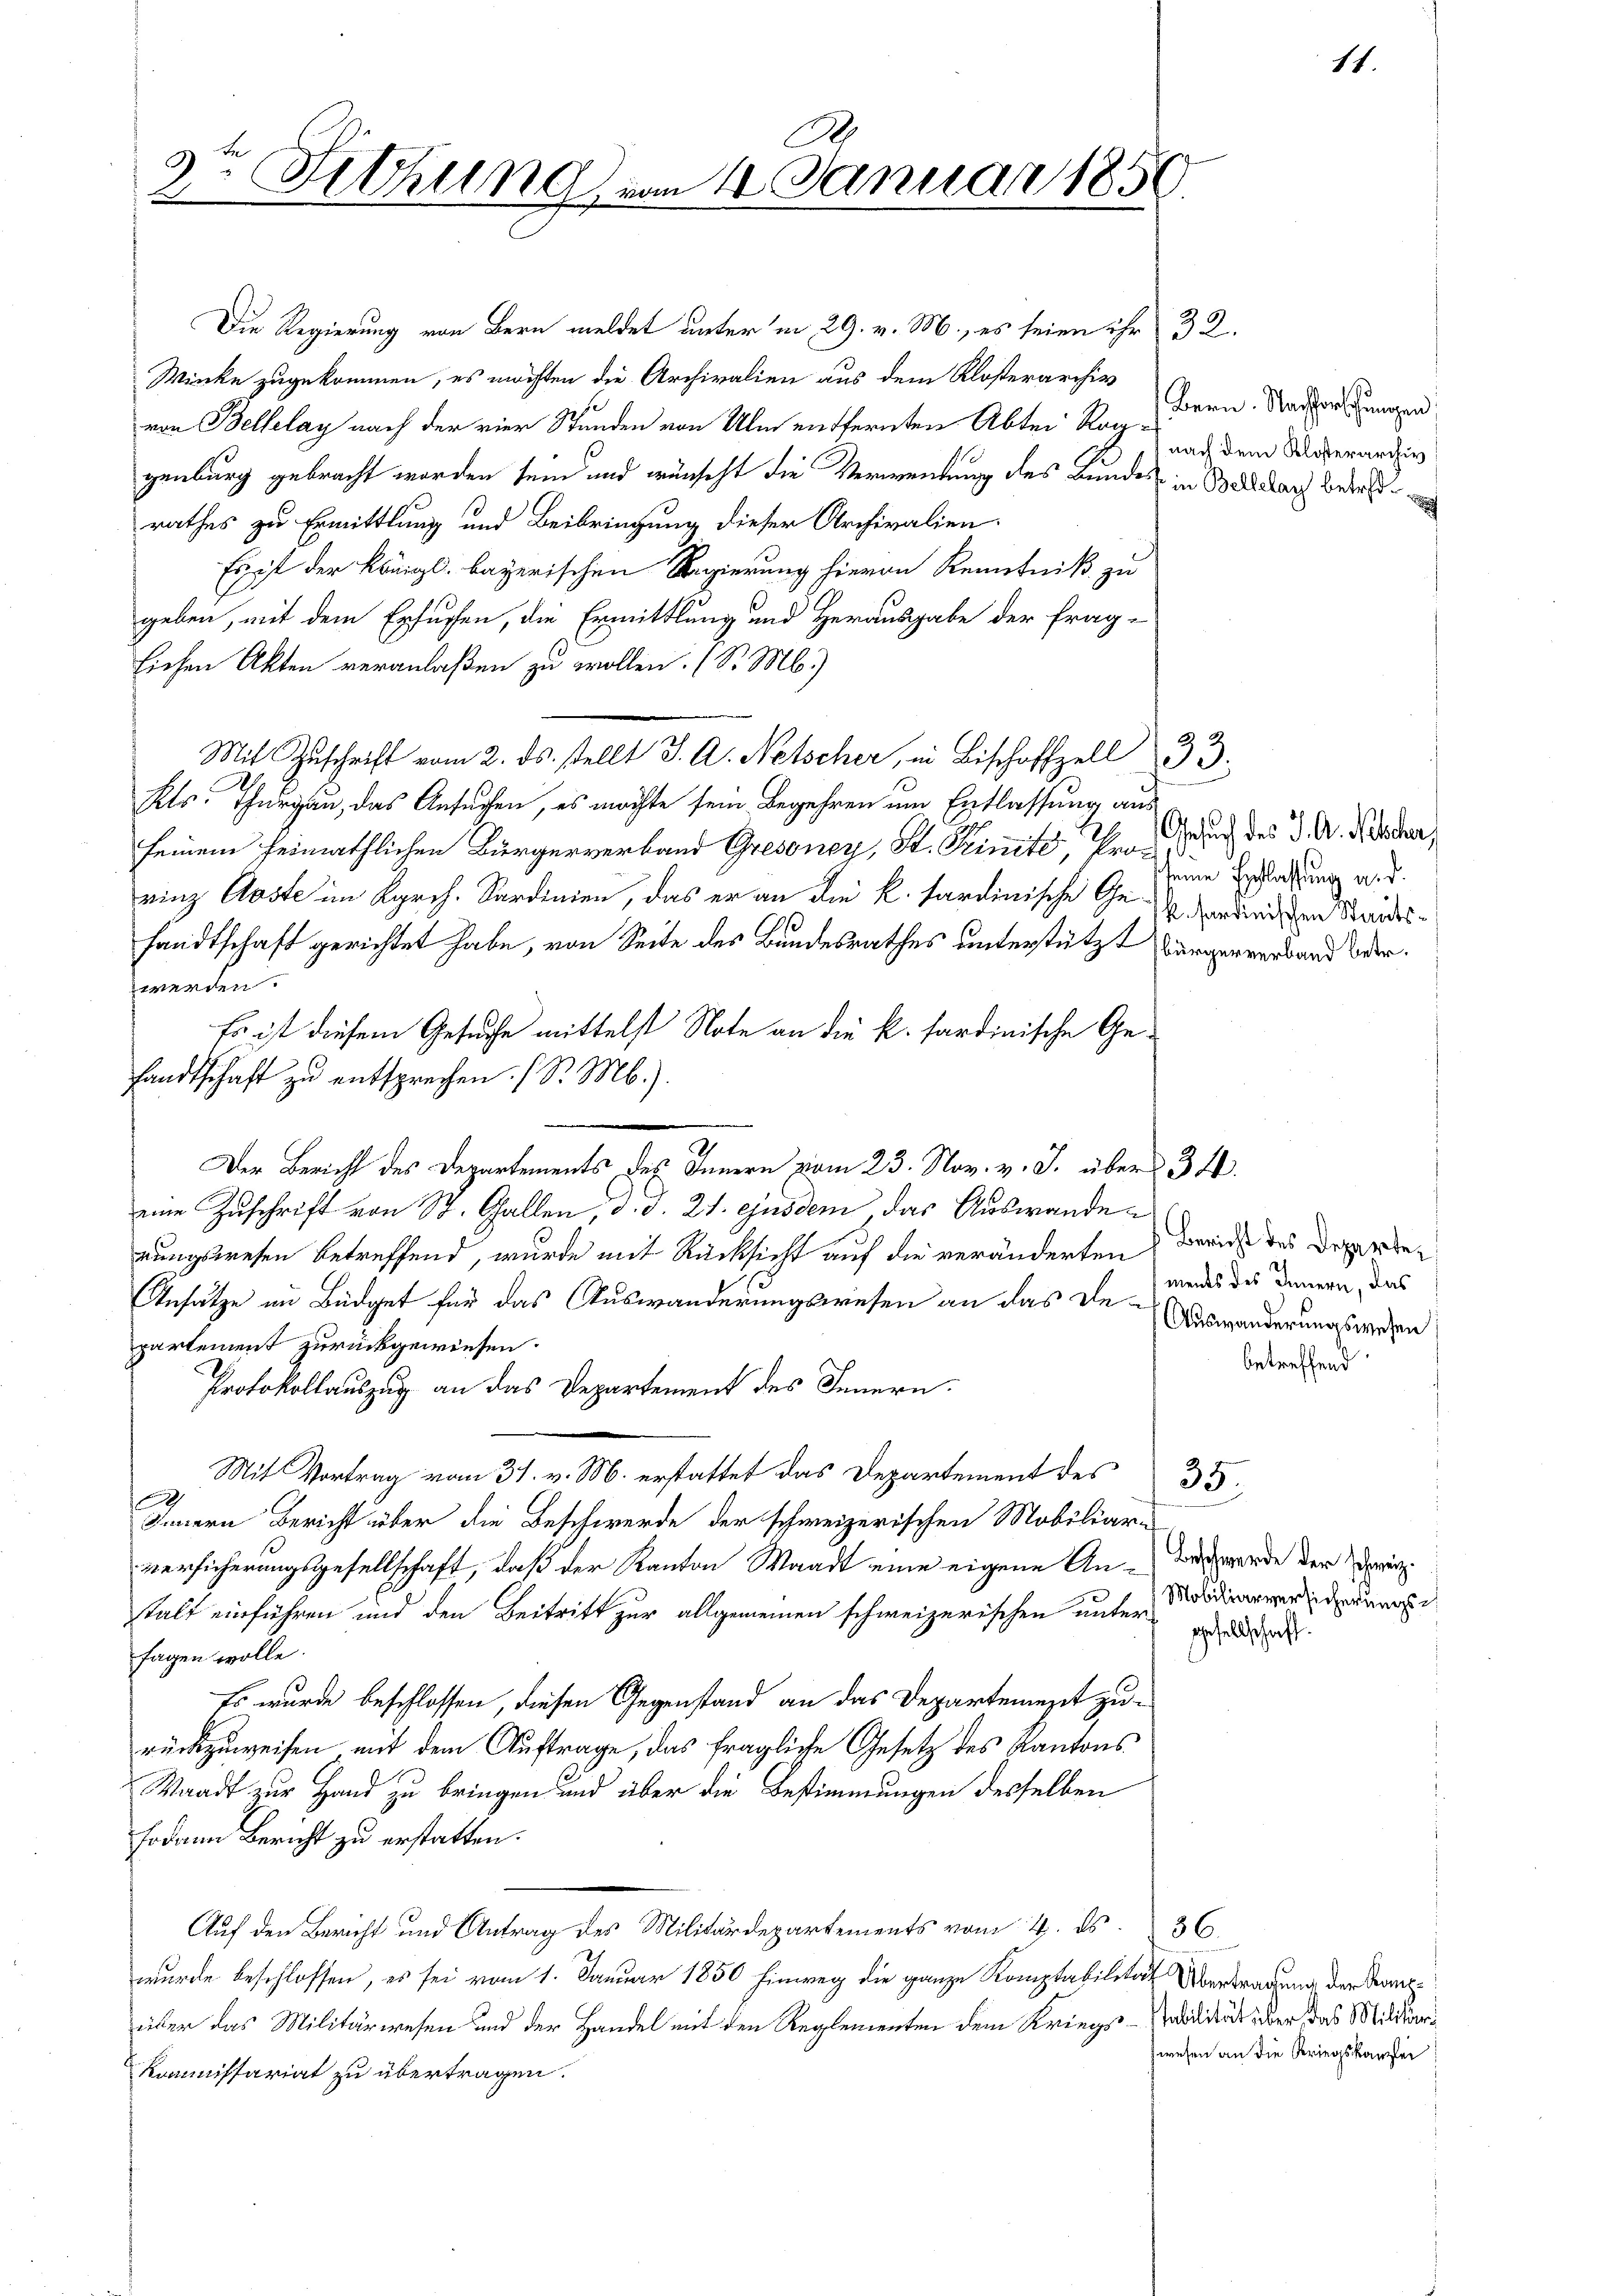
.
3. Sitzung vom 10. Januar 1850.
d

Die Regierung von Bern meldet unter in 29. v. M., es seien ihr 32.
Winke zugekommen, es möchten die Archivalien aus dem Klosterarchiv
von Bellelay nach der vier Stunden von Ulm entfernten Abtei Roagenburg gebracht worden sein und wünscht die Vermenkung des Bundes in Bellanz betret
rathes zu Ermittlung und Beibringung dieser Archivalien.
Es ist der Königl. bayerischen Regierung hievon Kenntniß zu
geben, mit dem Ersuchen, die Ermittlung und Herausgabe der frag-
lichen Akten veranlaßen zu wollen. (S. M.)
Mit Zŭschrift vom 2. ds. stellt J. A. Netscher, in Bischoffzell 33.
Kls. Thurgau, das Ansuchen, es möchte sein Begehren um Entlassung au
seinem heimathlichen Bürgerverband Gresoney, St. Primité, Prorinz Abste im Kgrch. Sardinien, das er an die k. sardinische Gehandtschaft gerichtet habe, von Seite des Bundesrathes unterstützt (Bürgerverband oder
werden.
Es ist diesem Gesuche mittelst Note an die k. sardinische Gelandtschaft zu entsprechen. (S. M.).
eine Zuschrift von St. Gallen, d. d. 21. ejusdem das Auswandenungswesen betreffend, wurde mit Rücksicht auf die veränderten Zürich des Dopperbe¬
Ansätze im Büdget für das Auswanderungswesen an das die Auswanderungswesen
partement zurückgewiesen.
Protokollauszug an das Departement des Innern.
Mit Vortrag vom 31. v. M. erstattet das Departement des 35
.
Innern Bericht über die Beschwerde der schweizerischen Mobiliar-
versicherungsgesellschaft, daß der Kanton Waadt eine eigene Ankalt einführen und den Beitritt zur allgemeinen schweizerischen unter Mordinarmer der aus d
fagen wolle.
Es wurde beschlossen, diesen Gegenstand an das Departement zurückzuweisen mit dem Auftrage, das fragliche Gesetz des Kantons¬
Waadt zur Hand zu bringen und aber die Bestimmungen desselben
sodann Bericht zu erstatten.
Auf den Bericht und Antrag des Militärdepartements vom 4. ds. 36
wurde beschlossen, es sei vom 1. Januar 1850 Einweg die ganze Komptabilität Übertragung der Tanzüber das Militärwesen und der Handel mit den Reglementen dem Kriegs-Milität über das Milder¬
Kommissariat zu übertragen.

e
Der Bericht des Departements des Innern vom 23. Nov. v. J. über 34.

Gesuch des J. A. Nescher,
seine Erschlassung a.d.
k. sardinischen Staats¬

11.

Bern. Nachforschungen.
nach dem Klosterarchiv

ments des Innern, das
betreffend

Beschwerde der schweiz.

Gesellschaft.

zwesen an die Kriegskanzlei